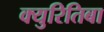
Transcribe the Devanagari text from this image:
क्युरितिबा